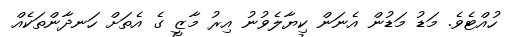
ހުއްޓެވެ. މަޑު މަޑުން އެނަން ކިޔާލެވުނު އިރު މާޒީ ގެ އެތަށް ހަނދާންތަކެއް